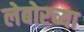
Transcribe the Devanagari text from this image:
लेबोरच्या